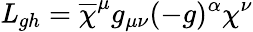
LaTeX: {\mathit L}_{gh}=\overline{{{\chi}}}^{\mu}g_{\mu\nu}(-g)^{\alpha}\chi^{\nu}